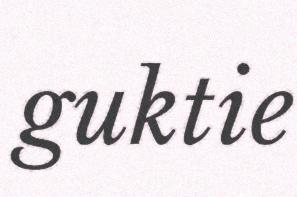
guktie